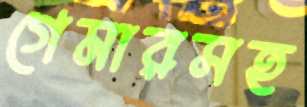
গেমারসহ